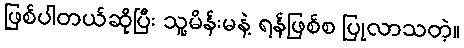
ဖြစ်ပါတယ်ဆိုပြီး သူ့မိန်းမနဲ့ ရန်ဖြစ်စ ပြုလာသတဲ့။